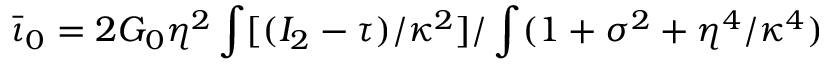
\bar { \iota } _ { 0 } = 2 G _ { 0 } \eta ^ { 2 } \int [ ( I _ { 2 } - \tau ) / \kappa ^ { 2 } ] / \int ( 1 + \sigma ^ { 2 } + \eta ^ { 4 } / \kappa ^ { 4 } )